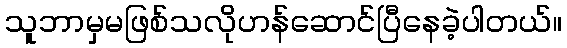
သူဘာမှမဖြစ်သလိုဟန်ဆောင်ပြီနေခဲ့ပါတယ်။